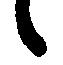
候